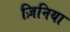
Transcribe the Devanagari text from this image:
ज़िनिया